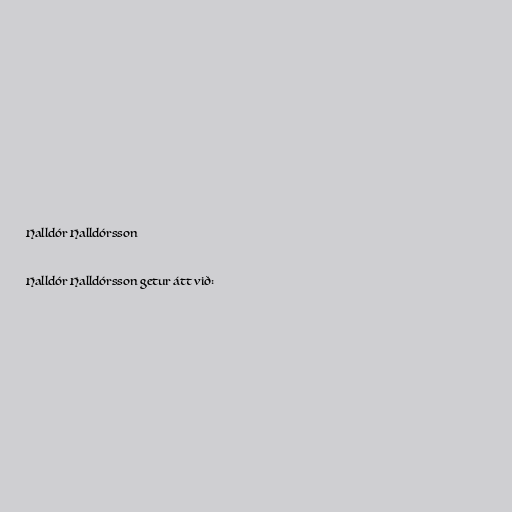
Halldór Halldórsson

Halldór Halldórsson getur átt við: